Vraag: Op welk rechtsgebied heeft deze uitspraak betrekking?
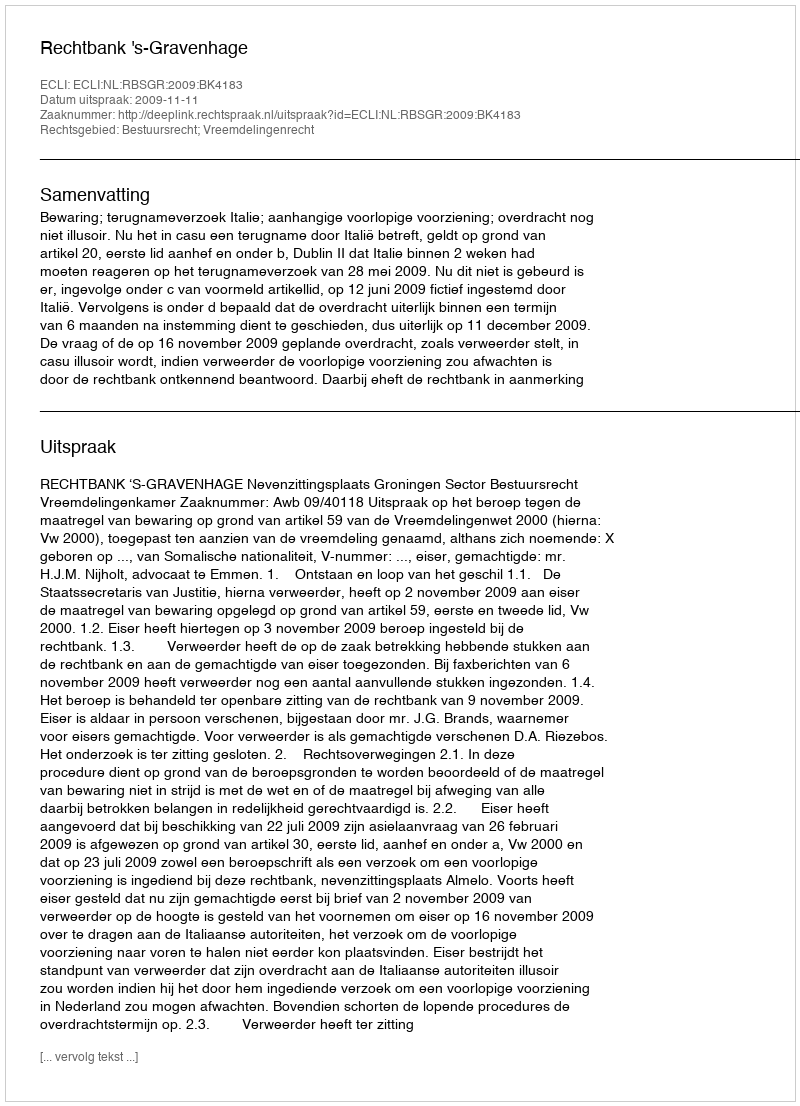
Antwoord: Bestuursrecht; Vreemdelingenrecht